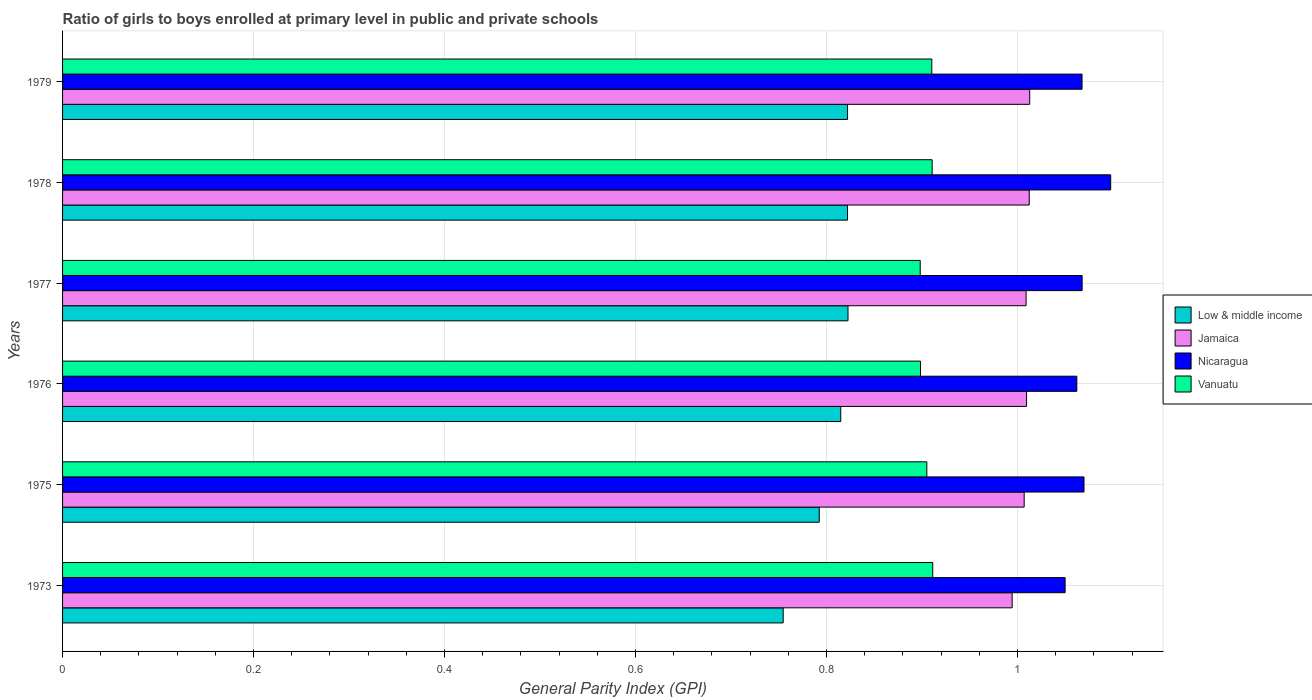
| Years | Low & middle income | Jamaica | Nicaragua | Vanuatu |
 | --- | --- | --- | --- | --- |
 | 1973 | 0.755 | 0.994 | 1.05 | 0.911 |
 | 1975 | 0.792 | 1.01 | 1.07 | 0.905 |
 | 1976 | 0.815 | 1.01 | 1.06 | 0.898 |
 | 1977 | 0.823 | 1.01 | 1.07 | 0.898 |
 | 1978 | 0.822 | 1.01 | 1.1 | 0.911 |
 | 1979 | 0.822 | 1.01 | 1.07 | 0.91 |